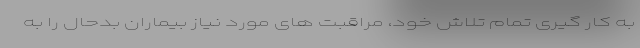
به کار گیری تمام تلاش خود، مراقبت های مورد نیاز بیماران بدحال را به